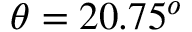
\theta = 2 0 . 7 5 ^ { o }